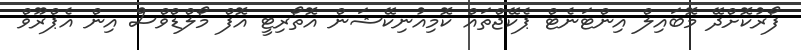
ފޯރުކޮށްދޭ މޮބައިލް އިންޓަނެޓް ޕެކޭޖްތައް ކޮމިއުނިކޭޝަން އޮތޯރިޓީ އޮފް މޯލްޑްވްސް އިން އެޕްރޫވް